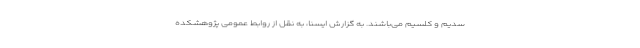
سدیم و کلسیم می‌باشند. به گزارش ایسنا، به نقل از روابط عمومی پژوهشکده